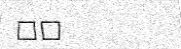
٥٢